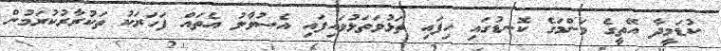
ކުޑަމީދާ އޭތީގެ މަންމަގެ ކޮނޑުގައި ހިފައި ތަޅުވަތަޅުވައިފައި އެސުވާލު އެތައް ފަހަރަކު ތަކުރާރުކުރަމުން